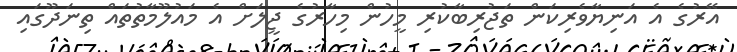
އޭރުގެ އެ އަނިޔާވެރިކަން ތަޖުރިބާކުރި މީހުން މިހާރުގެ ޖީލަށް އެ މައުލޫމާތުތައް ތިނަދޫގައި